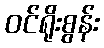
ဝင်ရိုးစွန်း